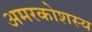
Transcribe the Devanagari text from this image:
अमरकोशस्य